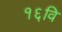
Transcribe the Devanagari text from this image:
१६वि